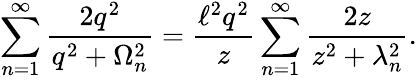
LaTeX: \sum_{n=1}^{\infty}\frac{2q^{2}}{q^{2}+\Omega_{n}^{2}}=\frac{\ell^{2}q^{2}}{z}\sum_{n=1}^{\infty}\frac{2z}{z^{2}+\lambda_{n}^{2}}.